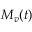
M _ { v } ( t )